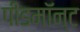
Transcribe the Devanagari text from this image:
पीडमॉन्ट